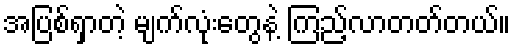
အပြစ်ရှာတဲ့ မျက်လုံးတွေနဲ့ ကြည့်လာတတ်တယ်။